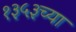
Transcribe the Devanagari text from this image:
१३५३च्या